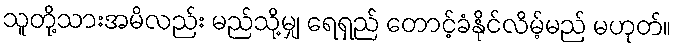
သူတို့သားအမိလည်း မည်သို့မျှ ရေရှည် တောင့်ခံနိုင်လိမ့်မည် မဟုတ်။